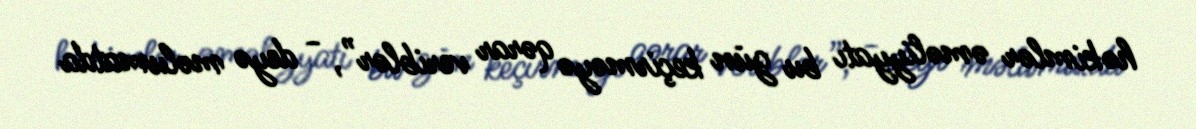
həkimlər əməliyyatı bu gün keçirməyə qərar veriblər”, - deyə məlumatda